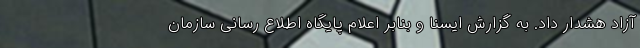
آزاد هشدار داد. به گزارش ایسنا و بنابر اعلام پایگاه اطلاع رسانی سازمان